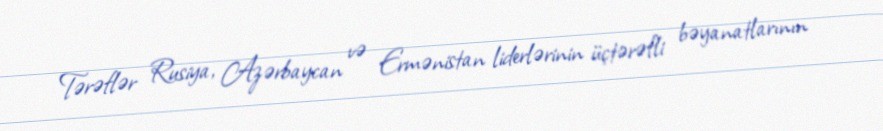
Tərəflər Rusiya, Azərbaycan və Ermənistan liderlərinin üçtərəfli bəyanatlarının